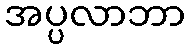
အပ္ပလာဘာ